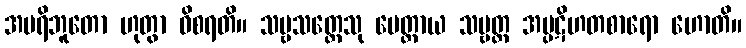
အပရိဘူတော ဟုတွာ ဝိစရတိ။ သဗ္ဗသတ္တေသု မေတ္တာယ သဗ္ဗတ္ထ အပ္ပဋိဟတစာရော ဟောတိ။